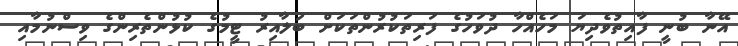
އޭނާ ބުނީ ފާއިތުވެދިޔަ މަހެއްހާ ދުވަހުގެ ފަރިތަކުރުންތަކަށް ބަލާއިރު ޓީމުގެ ކުޅުންތެރިންގެ ވިސްނުމާއި